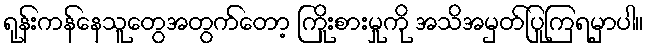
ရုန်းကန်နေသူတွေအတွက်တော့ ကြိုးစားမှုကို အသိအမှတ်ပြုကြရမှာပါ။